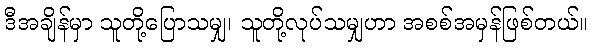
ဒီအချိန်မှာ သူတို့ပြောသမျှ၊ သူတို့လုပ်သမျှဟာ အစစ်အမှန်ဖြစ်တယ်။